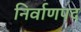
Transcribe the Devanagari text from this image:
निर्वाणपद